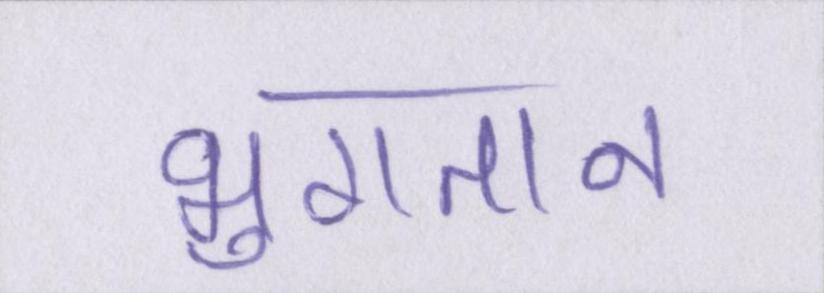
भुगतान